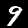
Digit: 9